Annual report of the Punjab Veterinary College and of the Civil Veterinary Department, Punjab - 1920-1925
Year: 1920
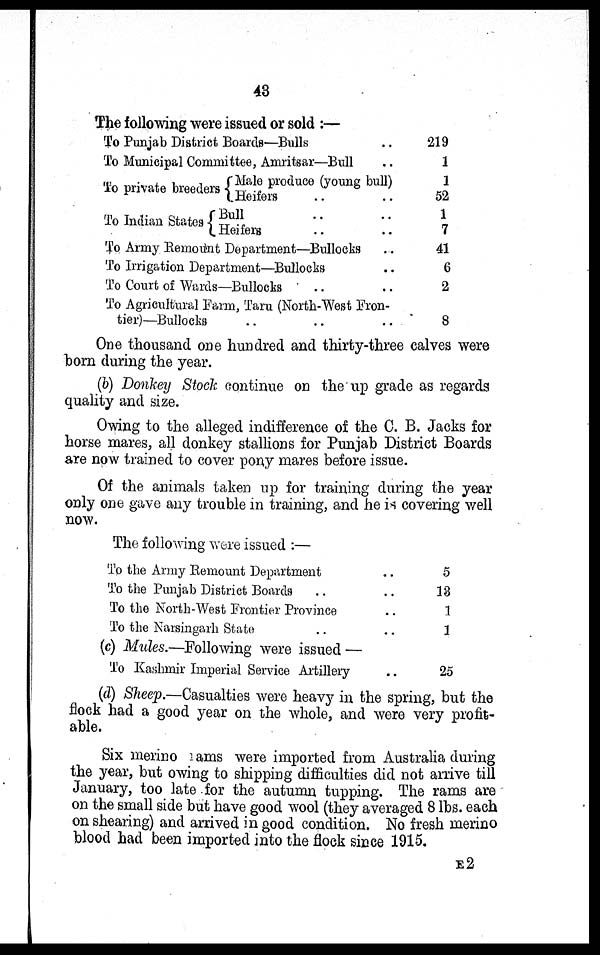
43
The following were issued or sold:—
To Punjab District Boards—Bulls
To Municipal Committee, Amritsar—Bull
To private breeders
To Indian States Bull ..
Male produce (young bull)
Heifers
..
Male produce (young bull)
Bull ..
Heifers ..
To Army Remount Department—Bullocks
To Irrigation Department—Bullocks
To Court of Wards — Bullocks ..
To Agricultural Farm, Taru (North-West Fron-
tier)—Bullocks .. ..
..
..
..
..
..
..
..
..
..
219
1
1
52
1
7
41
6
2
8
One thousand one hundred and thirty-three calves were
born during the year.
(b) Donkey Stock continue on the up grade as regards
quality and size.
Owing to the alleged indifference of the C. B. Jacks for
horse mares, all donkey stallions for Punjab District Boards
are now trained to cover pony mares before issue.
Of the animals taken up for training during the year
only one gave any trouble in training, and he is covering well
now.
The following were issued :—
To the Army Remount Department ..
To the Punjab District Boards ..
To the North-West Frontier Province .. ..
To the Narsingarh State .. ..
(c) Mules.—Following were issued —
To Kashmir Imperial Service Artillery ..
5
13
1
1
25
(d) Sheep.—Casualties were heavy in the spring, but the
flock had a good year on the whole, and were very profit-
able.
Six merino rams were imported from Australia during
the year, but owing to shipping difficulties did not arrive till
January, too late for the autumn tupping. The rams are
on the small side but have good wool (they averaged 8 lbs. each
on shearing) and arrived in good condition. No fresh merino
blood had been imported into the flock since 1915.
E2